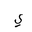
Letter: _ya